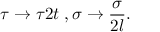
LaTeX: \tau \rightarrow \tau 2 t \; , \sigma \rightarrow \frac { \sigma } { 2 l } .